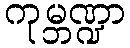
ကုမ္ဘဏ္ဍာ